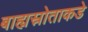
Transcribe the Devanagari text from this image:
बाह्यस्रोताकडे